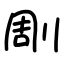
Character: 㓮